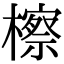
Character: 檫